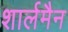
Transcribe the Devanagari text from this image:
शार्लमैन